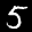
Label: 5